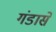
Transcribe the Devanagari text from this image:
गंडासे